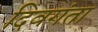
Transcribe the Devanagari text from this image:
दिवगंता